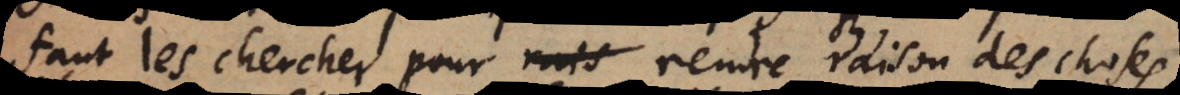
faut les chercher pour rais rendre raison des chos